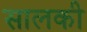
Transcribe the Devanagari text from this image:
सालकी